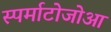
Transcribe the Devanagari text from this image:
स्पर्माटोजोआ